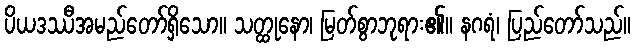
ပိယဒဿီအမည်တော်ရှိသော။ သတ္ထုနော၊ မြတ်စွာဘုရား၏။ နဂရံ၊ ပြည်တော်သည်။